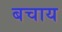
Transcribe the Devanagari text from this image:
बचाय